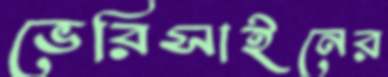
ভেরিসাইনের